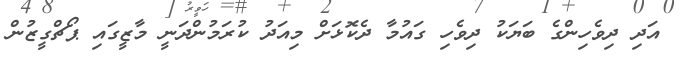
އަދި ދިވެހިންގެ ބަޔަކު ދިވެހި ގައުމާ ދެކޮޅަށް މިއަދު ކުރަމުންދަނީ މާޒީގައި ޕޯޗްގީޒުން